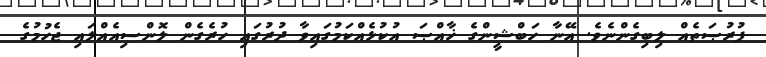
ފުރުޞަތެއް ލިބިގެންނެވެ. އޭނާ ހަބްޝީންގެ ޚާއްޞަ އުކުޅެއްކަމުގައިވާ ދުރުގައި ހުރެގެން ލޮންސިއެއްލައި ޖެހުމުގެ